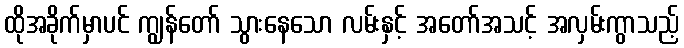
ထိုအခိုက်မှာပင် ကျွန်တော် သွားနေသော လမ်းနှင့် အတော်အသင့် အလှမ်းကွာသည့်